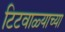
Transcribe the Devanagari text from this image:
टिटवाळ्याच्या